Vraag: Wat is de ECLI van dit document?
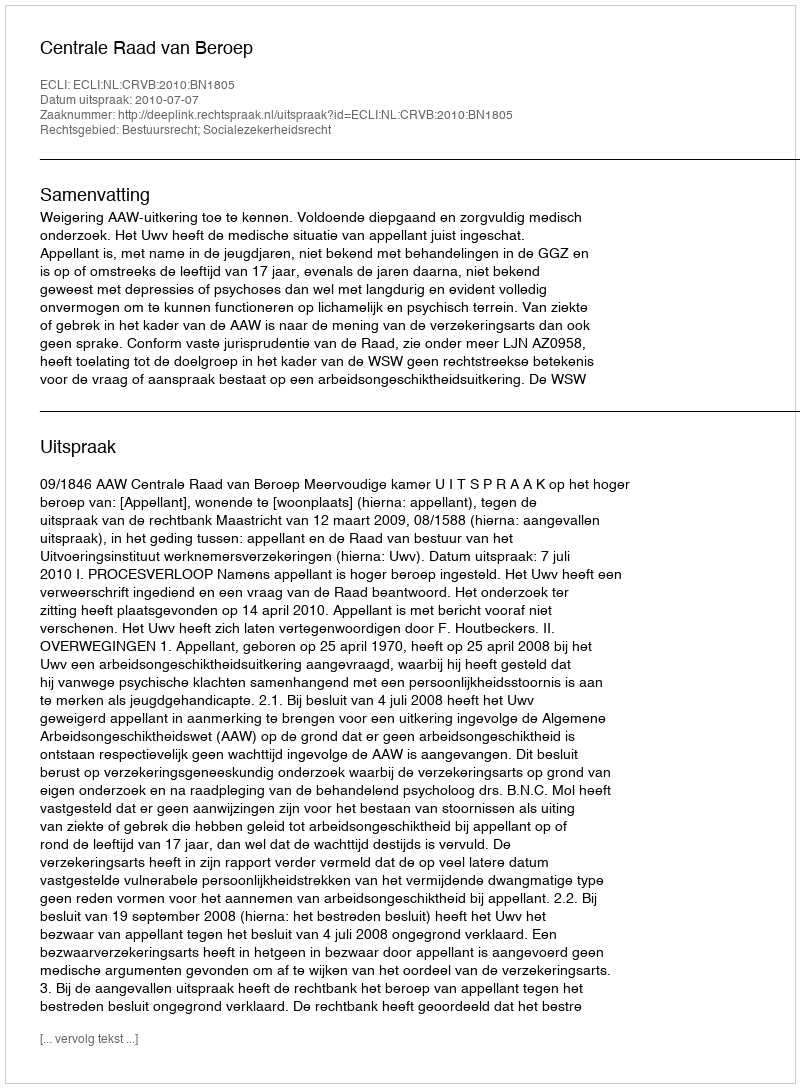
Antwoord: ECLI:NL:CRVB:2010:BN1805